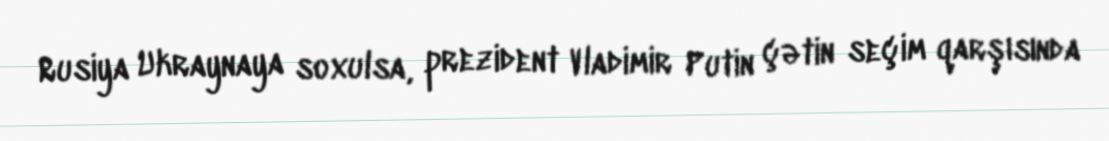
Rusiya Ukraynaya soxulsa, prezident Vladimir Putin çətin seçim qarşısında